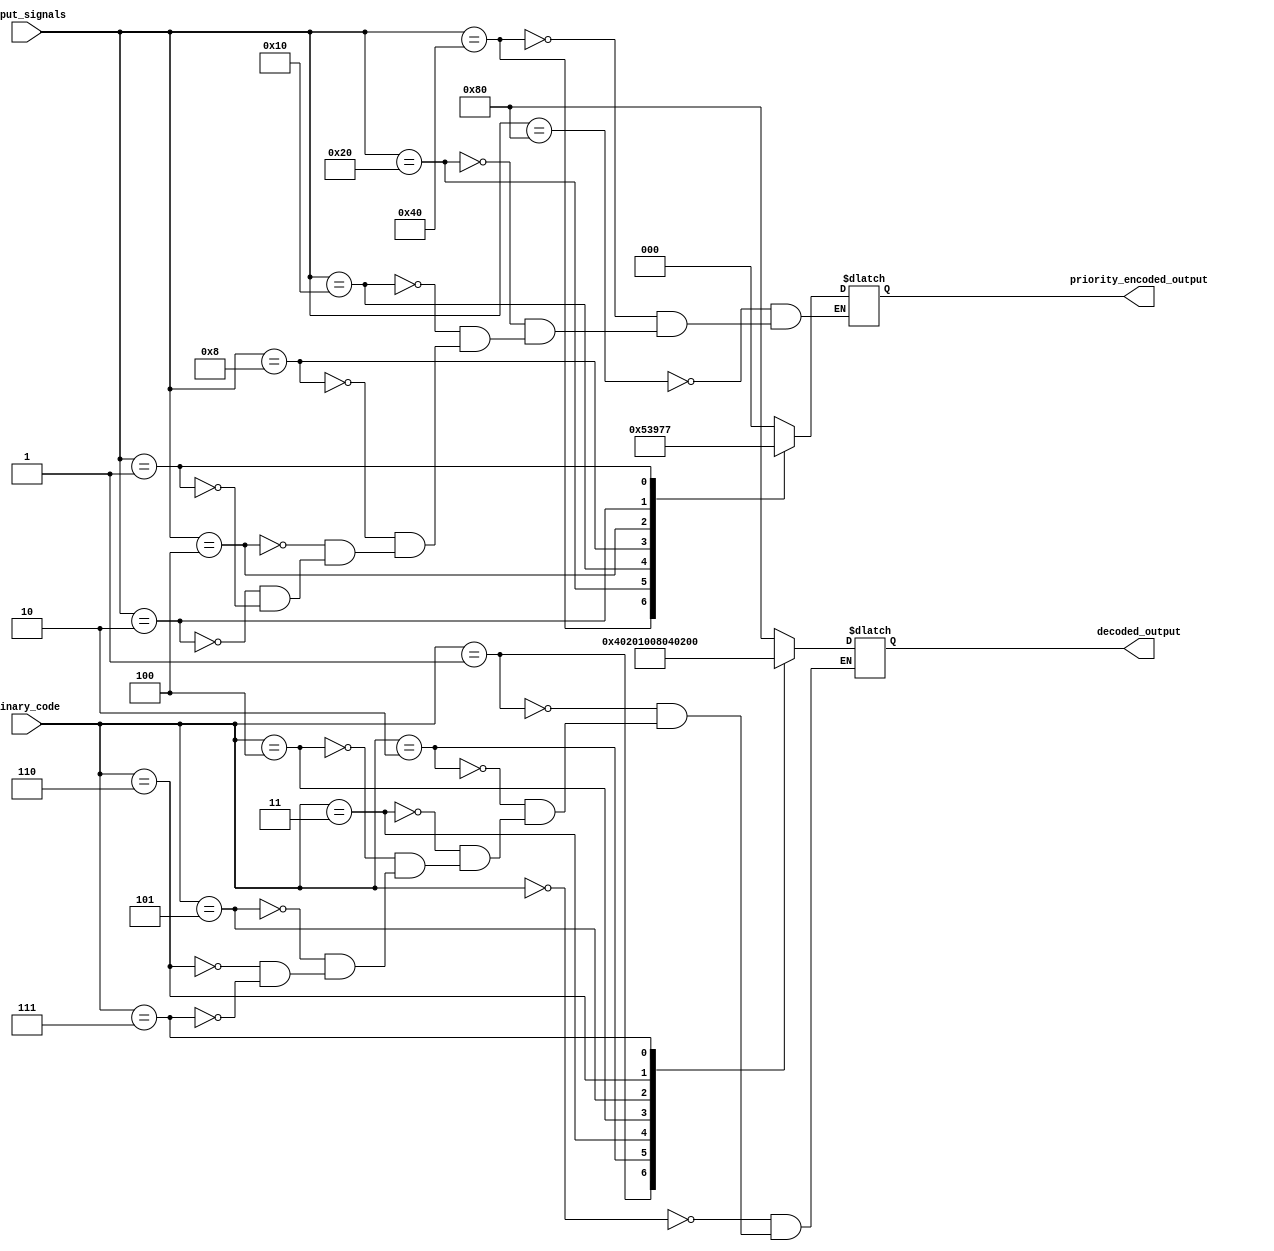
module priority_encoder_decoder (
    input [7:0] input_signals,
    input [7:0] binary_code,
    output reg [2:0] priority_encoded_output,
    output reg [7:0] decoded_output
);

always @(*) begin
    case (input_signals)
        8'b10000000: priority_encoded_output = 3'b000; // highest input priority
        8'b01000000: priority_encoded_output = 3'b001;
        8'b00100000: priority_encoded_output = 3'b010;
        8'b00010000: priority_encoded_output = 3'b011;
        8'b00001000: priority_encoded_output = 3'b100;
        8'b00000100: priority_encoded_output = 3'b101;
        8'b00000010: priority_encoded_output = 3'b110;
        8'b00000001: priority_encoded_output = 3'b111;
    endcase
end

always @(*) begin
    case (binary_code)
        3'b000: decoded_output = 8'b10000000; // highest input priority
        3'b001: decoded_output = 8'b01000000;
        3'b010: decoded_output = 8'b00100000;
        3'b011: decoded_output = 8'b00010000;
        3'b100: decoded_output = 8'b00001000;
        3'b101: decoded_output = 8'b00000100;
        3'b110: decoded_output = 8'b00000010;
        3'b111: decoded_output = 8'b00000001;
    endcase
end

endmodule